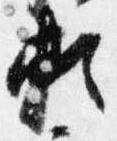
頼